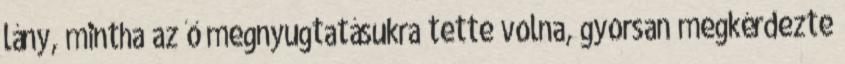
lány, mintha az ő megnyugtatásukra tette volna, gyorsan megkérdezte